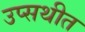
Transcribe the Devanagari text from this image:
उप्सथीत